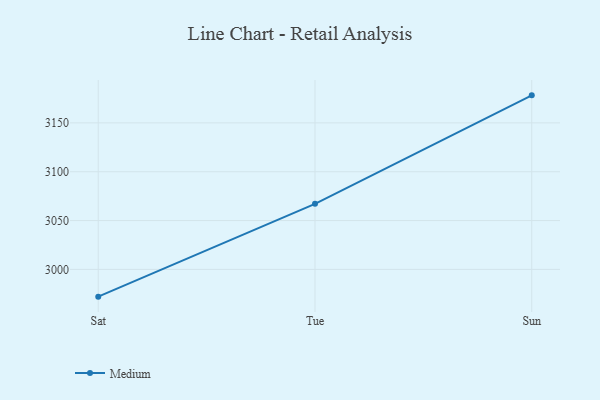
{"axis": {"x": "Day", "y": "Population (Million)"}, "legend": ["Medium"], "data": [{"x": "Sat", "y": 2972.1, "type": "Medium"}, {"x": "Tue", "y": 3067.1, "type": "Medium"}, {"x": "Sun", "y": 3178.2, "type": "Medium"}]}